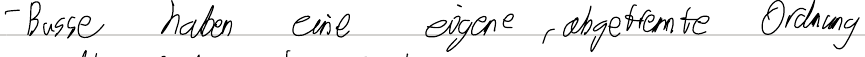
- Busse haben eine eigene, abgetrennte Ordnung